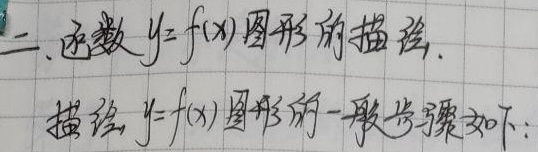
二、函数 \(y = f(x)\)图形的描绘.描绘 \(y = f(x)\)图形的一般步骤如下：